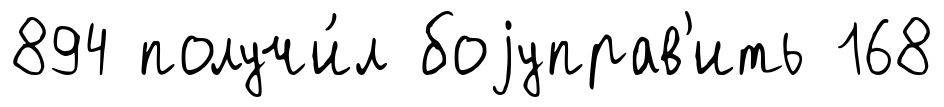
894 получи́л боjуправ'ить 168